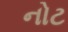
નોટ